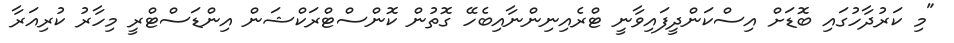
"މި ކަރުދާހުގައި ބޮޑަށް އިސްކަންދީފައިވާނީ ޓްރެއިނިންނާއިބެހޭ ގޮތުން ކޮންސްޓްރަކްޝަން އިންޑަސްޓްރީ މިހާރު ކުރިއަރާ